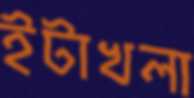
ইটাখলা